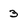
Character: 3